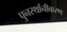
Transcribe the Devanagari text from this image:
पुनर्स्थानीकरण